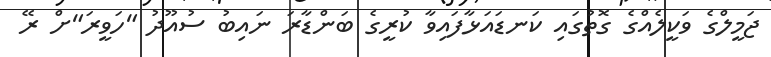
ޖަމީލްގެ ވަކީލެއްގެ ގޮތުގައި ކަނޑައަޅާފައިވާ ކުރީގެ ބަންޑާރަ ނައިބު ސުއޫދު "ހަވީރަ"ށް ރޭ